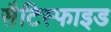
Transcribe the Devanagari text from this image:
सैटिस्फाइड